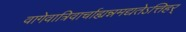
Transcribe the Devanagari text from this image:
वागेवात्रिवार्चाह्यन्नमद्यतेऽत्तिहर्